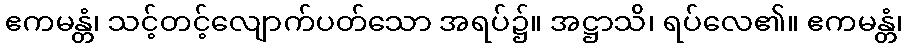
ဧကမန္တံ၊ သင့်တင့်လျောက်ပတ်သော အရပ်၌။ အဋ္ဌာသိ၊ ရပ်လေ၏။ ဧကမန္တံ၊